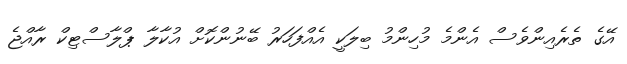
އޭގެ ތެރެއިންވެސް އެންމެ މުހިންމު ބިލަކީ އެއްފަހަރު ބޭނުންކޮށް އުކާލާ ޕްލާސްޓިކް ރާއްޖެ